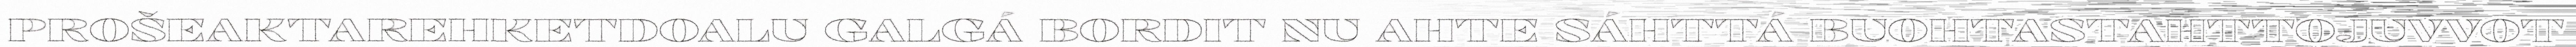
PROŠEAKTAREHKETDOALU GALGÁ BORDIT NU AHTE SÁHTTÁ BUOHTASTAHTTOJUVVOT